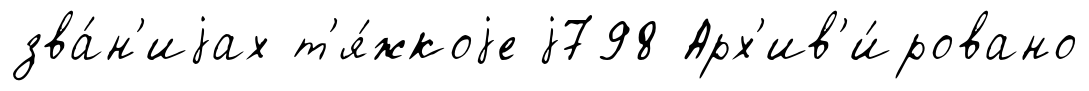
зва́н'иjах т'я́жкоjе j798 Арх'ив'и́ровано